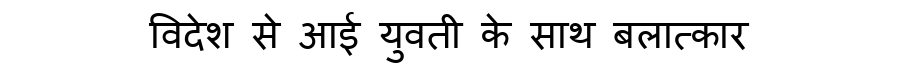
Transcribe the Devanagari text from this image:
विदेश से आई युवती के साथ बलात्कार